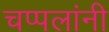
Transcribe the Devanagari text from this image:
चप्पलांनी